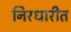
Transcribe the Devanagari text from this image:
निरधारीत